Veterinary [1909] -
Year: 1909
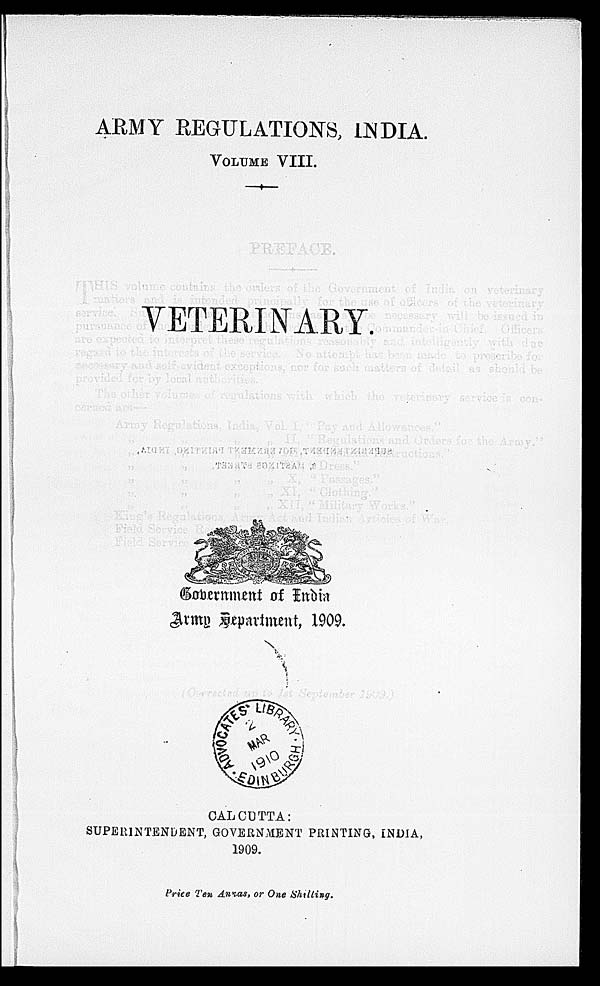
ARMY REGULATIONS, INDIA.
VOLUME VIII.
VETERINARY.
Government of India
Army Department, 1909.
CALCUTTA:
SUPERINTENDENT, GOVERNMENT PRINTING, INDIA,
1909.
Price Ten Annas, or One Shilling.